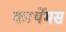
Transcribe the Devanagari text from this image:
कार्थेमस